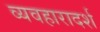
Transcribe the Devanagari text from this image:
व्‍यवहारादर्श